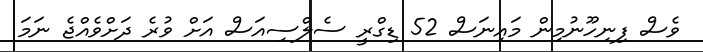
ވެސް ފިނިހޫނުމިން މައިނަސް 52 ޑިގްރީ ސެލްސިއަސް އަށް ވުރެ ދަށްވެއްޖެ ނަމަ